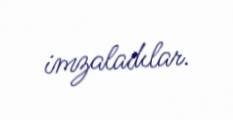
imzaladılar.